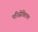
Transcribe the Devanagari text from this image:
परिसेविताम